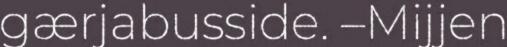
gærjabusside. –Mijjen